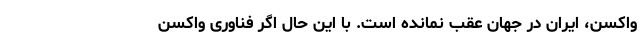
واکسن، ایران در جهان عقب نمانده است. با این حال اگر فناوری واکسن